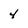
Character: 4